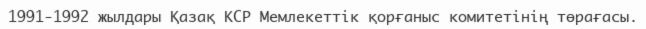
1991-1992 жылдары Қазақ КСР Мемлекеттік қорғаныс комитетінің төрағасы.